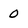
Character: 0